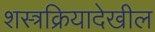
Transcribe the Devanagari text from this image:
शस्त्रक्रियादेखील